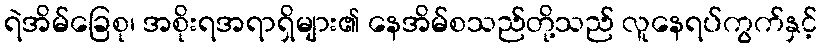
ရဲအိမ်ခြေစု၊ အစိုးရအရာရှိများ၏ နေအိမ်စသည်တို့သည် လူနေရပ်ကွက်နှင့်